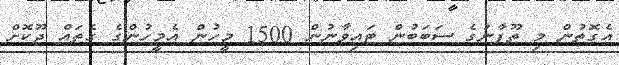
އެގޮތުން މި ތޫފާނުގެ ސަބަބުން ޓައިވާނުން 1500 މީހުން އެމީހުންގެ ގެތައް ދޫކޮށް